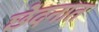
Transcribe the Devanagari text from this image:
छेदनात